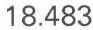
18.483